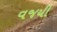
વજયી